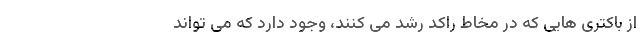
از باکتری هایی که در مخاط راکد رشد می کنند، وجود دارد که می تواند